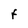
Character: F